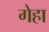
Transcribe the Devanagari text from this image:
गेहा